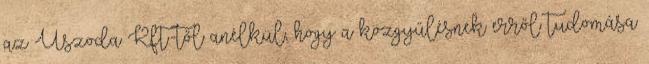
az Uszoda Kft.-től anélkül, hogy a közgyűlésnek erről tudomása